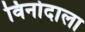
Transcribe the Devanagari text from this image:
विनोदाला